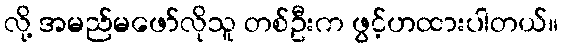
လို့ အမည်မဖော်လိုသူ တစ်ဦးက ဖွင့်ဟထားပါတယ်။